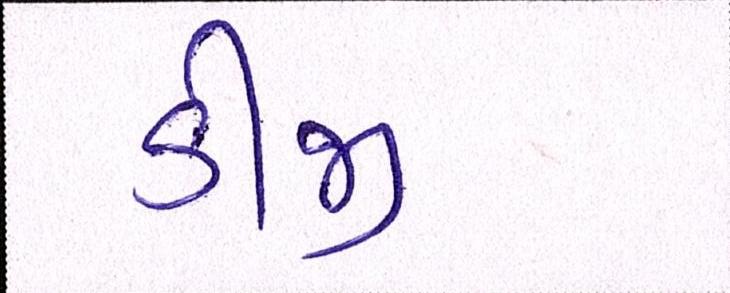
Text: ડીજી